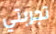
تجربتي